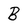
Character: B